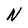
Character: N